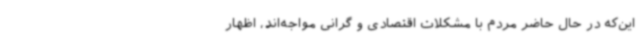
این‌که در حال حاضر مردم با مشکلات اقتصادی و گرانی مواجه‌اند، اظهار